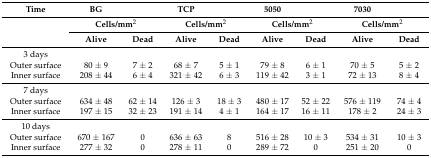
| Time | BG |  | TCP |  | 5050 |  | 7030 |  |
 | <ROWSPAN=2>  | <COLSPAN=2> Cells/mm2 | <COLSPAN=2> Cells/mm2 | <COLSPAN=2> Cells/mm2 | <COLSPAN=2> Cells/mm2 |
 | Alive | Dead | Alive | Dead | Alive | Dead | Alive | Dead |
 | --- | --- | --- | --- | --- | --- | --- | --- | --- |
 | 3 days |  |  |  |  |  |  |  |  |
 | Outer surface | 80 ± 9 | 7 ± 2 | 68 ± 7 | 5 ± 1 | 79 ± 8 | 6 ± 1 | 70 ± 5 | 5 ± 2 |
 | Inner surface | 208 ± 44 | 6 ± 4 | 321 ± 42 | 6 ± 3 | 119 ± 42 | 3 ± 1 | 72 ± 13 | 8 ± 4 |
 | 7 days |  |  |  |  |  |  |  |  |
 | Outer surface | 634 ± 48 | 62 ± 14 | 126 ± 3 | 18 ± 3 | 480 ± 17 | 52 ± 22 | 576 ± 119 | 74 ± 4 |
 | Inner surface | 197 ± 15 | 32 ± 23 | 191 ± 14 | 4 ± 1 | 164 ± 17 | 16 ± 11 | 178 ± 2 | 24 ± 3 |
 | 10 days |  |  |  |  |  |  |  |  |
 | Outer surface | 670 ± 167 | 0 | 636 ± 63 | 8 | 516 ± 28 | 10 ± 3 | 534 ± 31 | 10 ± 3 |
 | Inner surface | 277 ± 32 | 0 | 278 ± 11 | 0 | 289 ± 72 | 0 | 251 ± 20 | 0 |